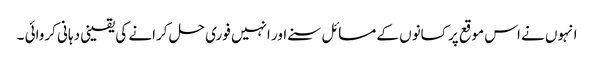
انہوں نے اس موقع پر کسانوں کے مسائل سنے اور انہیں فوری حل کرانے کی یقینی دہانی کروائی ۔